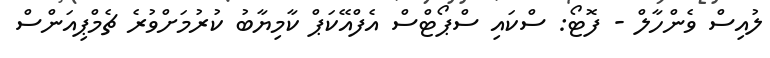
ލުއިސް ވެންހާލް - ފޮޓޯ: ސްކައި ސްޕޯޓްސް އެފްއޭކަޕް ކާމިޔާބު ކުރުމަށްވުރެ ޗެމްޕިއަންސް